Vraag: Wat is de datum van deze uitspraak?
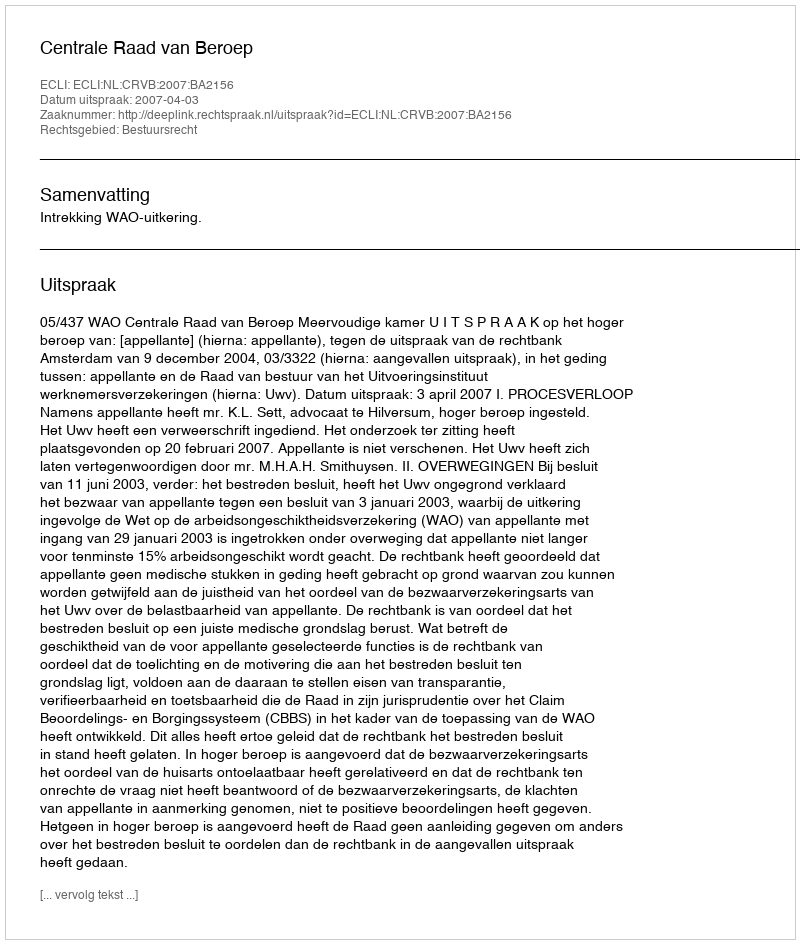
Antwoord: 2007-04-03